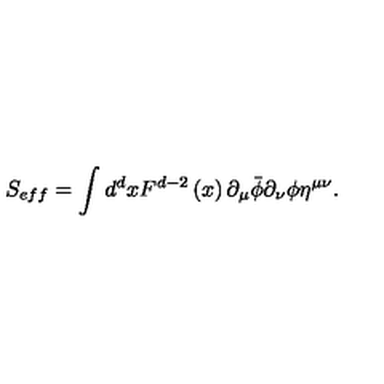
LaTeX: S _ { e f f } = \int d ^ { d } x F ^ { d - 2 } \left( x \right) \partial _ { \mu } \bar { \phi } \partial _ { \nu } \phi \eta ^ { \mu \nu } .